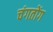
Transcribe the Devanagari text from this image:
चंगतोंग